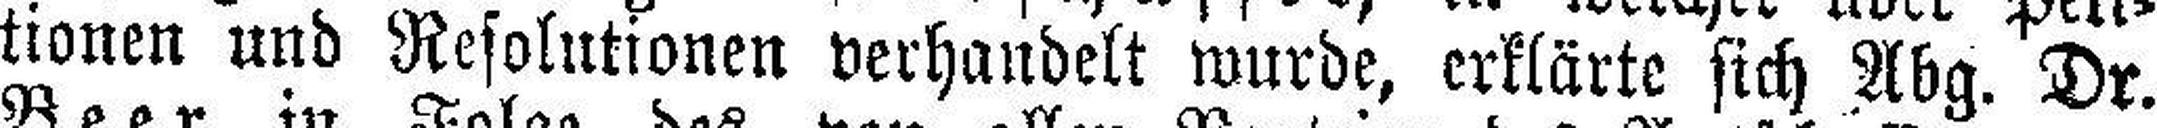
tionen und Resolutionen verhandelt wurde, erklärte sich Abg. Dr.